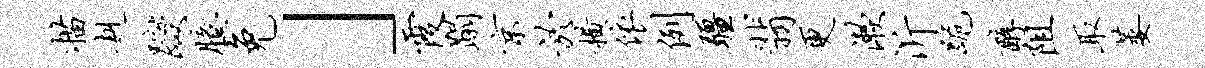
描赳躞臆免」霞蹋京於横依例疆翡更漱沂跪醇阻取萎